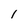
Character: 1